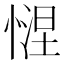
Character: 𢟗